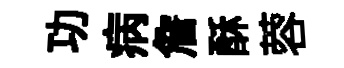
功病詹酥蓉